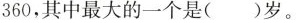
360，其中最大的一个是()岁。